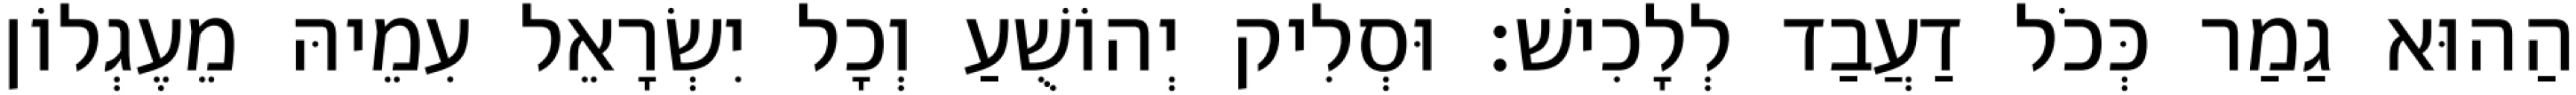
הַהוּא גַמַר כְּכֹל דַעֲבַד לְלָכִישׁ׃ וּסְלִיק יְהוֹשֻׁעַ וְכָל יִשְׂרָאֵל עִמֵיהּ מֵעֶגְלוֹן